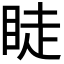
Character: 𥆥